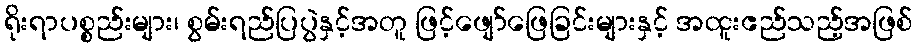
ရိုးရာပစ္စည်းများ၊ စွမ်းရည်ပြပွဲနှင့်အတူ ဖြင့်ဖျော်ဖြေခြင်းများနှင့် အထူးဧည်သည့်အဖြစ်